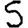
Digit: 5